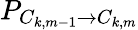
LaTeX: P_{C_{k,m-1}\rightarrow C_{k,m}}